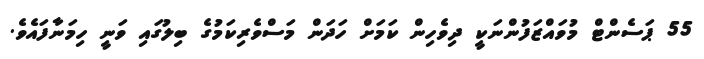
55 ޕަސެންޓް މުވައްޒަފުންނަކީ ދިވެހިން ކަމަށް ހަދަން މަސްވެރިކަމުގެ ބިލުގައި ވަނީ ހިމަނާފައެވެ.